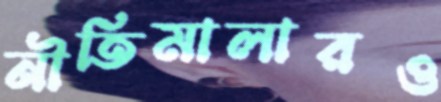
নীতিমালারও